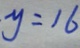
y = 1 6